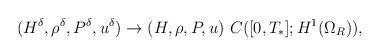
LaTeX: \begin{align*}&(H^\delta,\rho^\delta,P^\delta,u^\delta)\rightarrow (H,\rho,P,u)\ C([0,T_*];H^1(\Omega_R)),\end{align*}